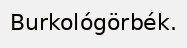
Burkológörbék.